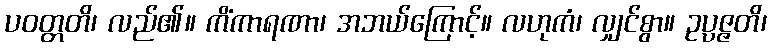
ပဝတ္တတိ၊ လည်၏။ ကိံကာရဏာ၊ အဘယ်ကြောင့်။ လဟုကံ၊ လျှင်စွာ။ ဥပ္ပဇ္ဇတိ၊